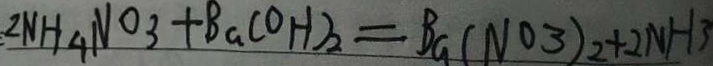
2 N H _ { 4 } N O _ { 3 } + B a ( O H ) _ { 2 } = B a ( N O _ { 3 } ) _ { 2 } + 2 N H _ { 3 }